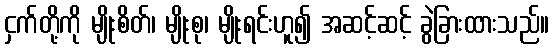
ငှက်တို့ကို မျိုးစိတ်၊ မျိုးစု၊ မျိုးရင်းဟူ၍ အဆင့်ဆင့် ခွဲခြားထားသည်။